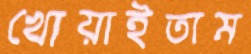
খোয়াইতাম